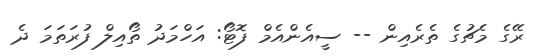
ރޭގެ މެޗުގެ ތެރެއިން -- ސީއެންއެމް ފޮޓޯ: އަހްމަދު ތޯއިލް ފުރަތަމަ ދެ